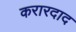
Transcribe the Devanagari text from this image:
करारदाद